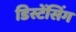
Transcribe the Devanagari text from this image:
डिस्टेंसिंग